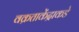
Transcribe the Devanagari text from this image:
वक्रताकेंद्राकडे